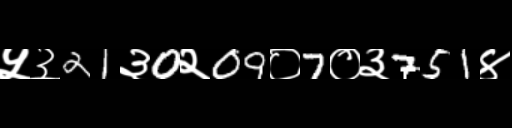
Text: ५३21३0२09०7०३751४